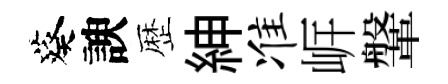
葵諛歴紳准㟁鞶